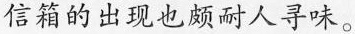
信箱的出现也颇耐人寻味。